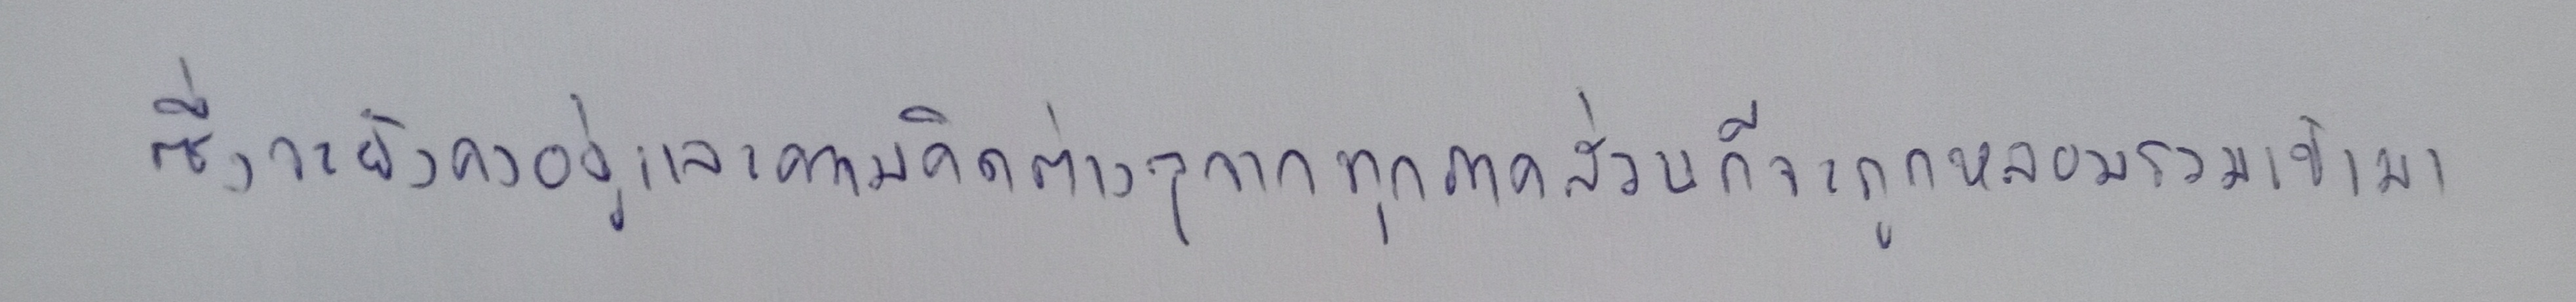
ซึ่งจะยังคงอยู่และความคิดต่างๆจากทุกภาคส่วนก็จะถูกหลอมรวมเข้ามา